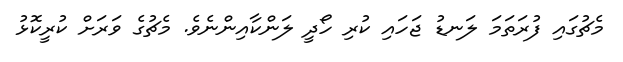
މެޗުގައި ފުރަތަމަ ލަނޑު ޖަހައި ކުރި ހޯދީ ލަންކާއިންނެވެ. މެޗުގެ ވަރަށް ކުރީކޮޅު